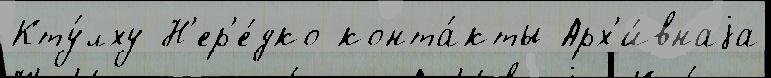
Кту́лху Н'ер'е́дко конта́кты Арх'и́внаjа